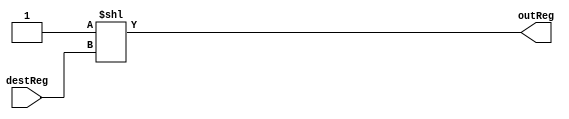
module decoder3by8(destReg, outReg);
input[2:0] destReg;
output [7:0] outReg;

assign outReg = 1'b1 << (destReg);

endmodule